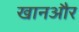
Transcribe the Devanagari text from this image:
खानऔर